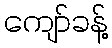
ကျော်ခန့်